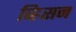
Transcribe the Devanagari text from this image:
व्ह्रिसन